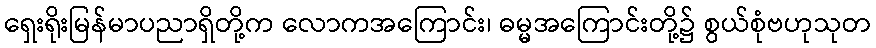
ရှေးရိုးမြန်မာပညာရှိတို့က လောကအကြောင်း၊ ဓမ္မအကြောင်းတို့၌ စွယ်စုံဗဟုသုတ